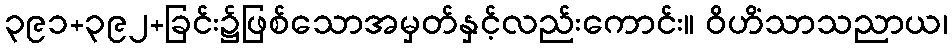
၃၉၁+၃၉၂+ခြင်း၌ဖြစ်သောအမှတ်နှင့်လည်းကောင်း။ ဝိဟိံသာသညာယ၊